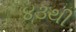
૪૩થી